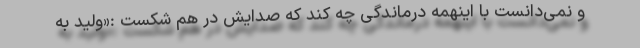
و نمی‌دانست با اینهمه درماندگی چه کند که صدایش در هم شکست :«ولید به